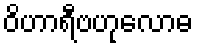
ဝိဟာရီဗဟုလောဓ